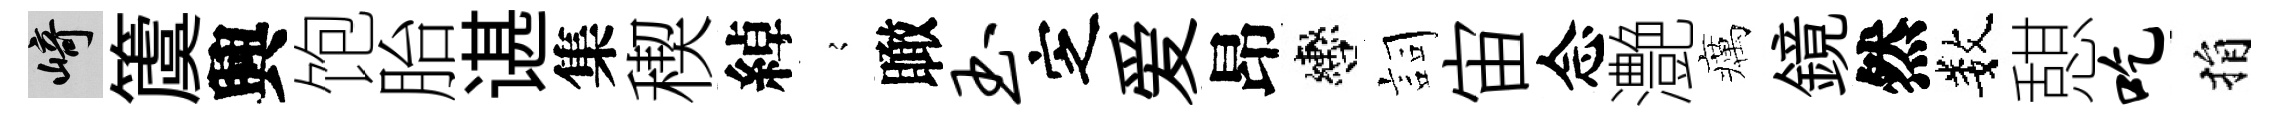
崎𥵂興饱胎谌集稧綽𡪹瞰玉㝎爱昂轡詞宙念灔癘鏡然数憇吃捐